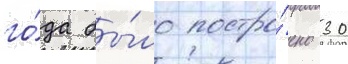
го́да бы́ло постро́ено 30